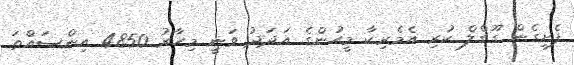
ފެށިގެން ގޫގްލް ކުރި އެމެރިކާ މީހުންގެ އަދަދު ވަނީ މިހާރު 4850 އިންސައްތަ